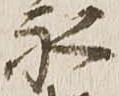
永